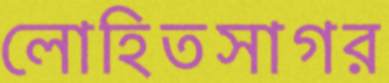
লোহিতসাগর